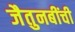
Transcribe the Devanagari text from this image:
जैतुनबींची